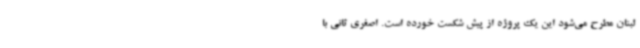
لبنان مطرح می‌شود این یک پروژه از پیش شکست خورده است. اصغری ثانی با